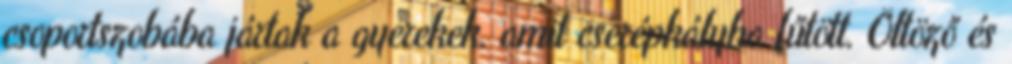
csoportszobába jártak a gyerekek, amit cserépkályha fűtött. Öltöző és